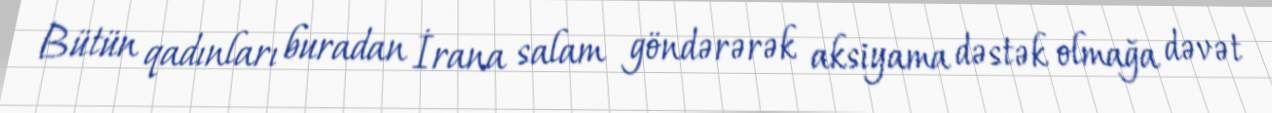
Bütün qadınları buradan İrana salam göndərərək aksiyama dəstək olmağa dəvət